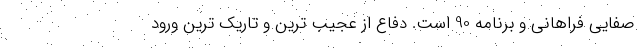
صفایی فراهانی و برنامه 90 است. دفاع از عجیب ترین و تاریک ترین ورود